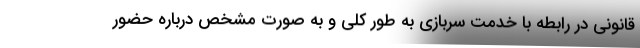
قانونی در رابطه با خدمت سربازی به طور کلی و به صورت مشخص درباره حضور